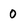
Character: 0